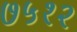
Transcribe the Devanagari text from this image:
७५१२